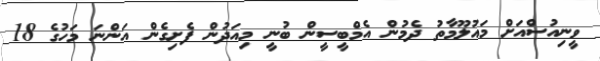
ވީނިއުސްއަށް މައުލޫމާތު ދެމުން އެމްބީސީން ބުނީ މިއަދުން ފެށިގެން އަންނަ މަހުގެ 18